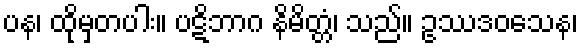
ပန၊ ထိုမှတပါး။ ပဋိဘာဂ နိမိတ္တံ၊ သည်။ ဥဿဒဝသေန၊